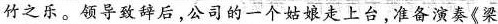
竹之乐。领导致辞后，公司的一个姑娘走上台准备演奏《梁